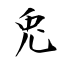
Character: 兎